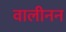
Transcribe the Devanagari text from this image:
वालीनन